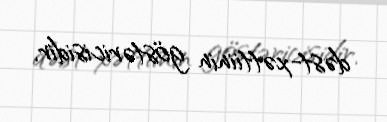
dəst-xəttiinin göstəricisidir.